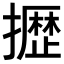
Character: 𫾐